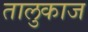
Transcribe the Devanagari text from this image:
तालुकाज